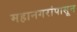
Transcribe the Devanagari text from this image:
महानगरांपासून